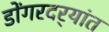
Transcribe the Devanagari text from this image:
डोंगरदर्‍यांत